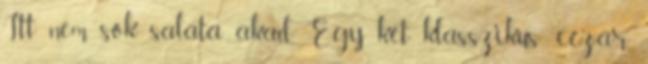
Itt nem sok saláta akad. Egy két klasszikus: cézár,